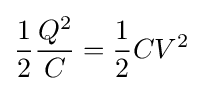
{\frac {1}{2}}{\frac {Q^{2}}{C}}={\frac {1}{2}}CV^{2}